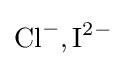
{\text{Cl}}^{-},{\text{I}}^{2-}